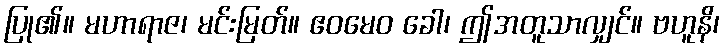
ပြု၏။ မဟာရာဇ၊ မင်းမြတ်။ ဧဝမေဝ ခေါ၊ ဤအတူသာလျှင်။ ဗဟူနိ၊